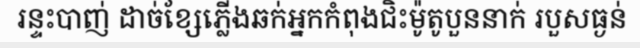
រន្ទះបាញ់ ដាច់ខ្សែភ្លើងឆក់អ្នកកំពុងជិះម៉ូតូបួននាក់ របួសធ្ងន់